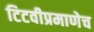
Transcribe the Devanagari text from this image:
टिटवीप्रमाणेच